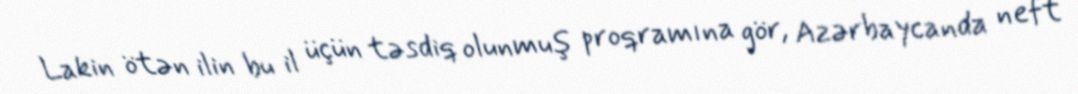
Lakin ötən ilin bu il üçün təsdiq olunmuş proqramına gör, Azərbaycanda neft